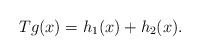
LaTeX: \begin{align*} Tg(x)= h_{1}(x)+h_{2}(x). \end{align*}